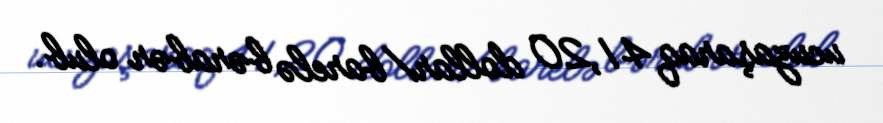
ucuzaşaraq 41,20 dollar/barelə bərabər olub.